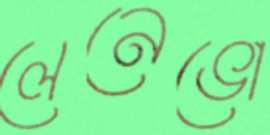
লেনেভো